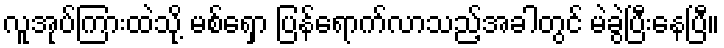
လူအုပ်ကြားထဲသို့ မစ်ရှော ပြန်ရောက်လာသည့်အခါတွင် မဲခွဲပြီးနေပြီ။